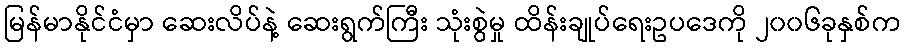
မြန်မာနိုင်ငံမှာ ဆေးလိပ်နဲ့ ဆေးရွက်ကြီး သုံးစွဲမှု ထိန်းချုပ်ရေးဥပဒေကို ၂၀၀၆ခုနှစ်က